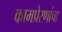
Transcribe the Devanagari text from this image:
कामप्रेरणांचा